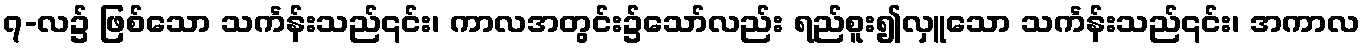
၇-လ၌ ဖြစ်သော သင်္ကန်းသည်၎င်း၊ ကာလအတွင်း၌သော်လည်း ရည်စူး၍လှူသော သင်္ကန်းသည်၎င်း၊ အကာလ